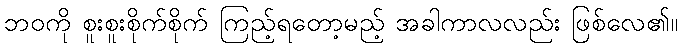
ဘဝကို စူးစူးစိုက်စိုက် ကြည့်ရတော့မည့် အခါကာလလည်း ဖြစ်လေ၏။